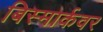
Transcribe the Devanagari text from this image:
बिस्मार्कवर